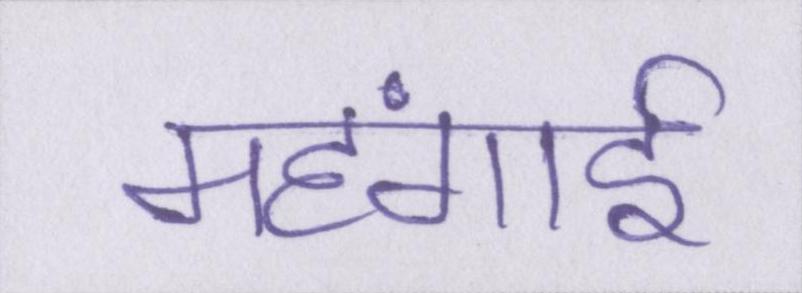
महंगार्इ